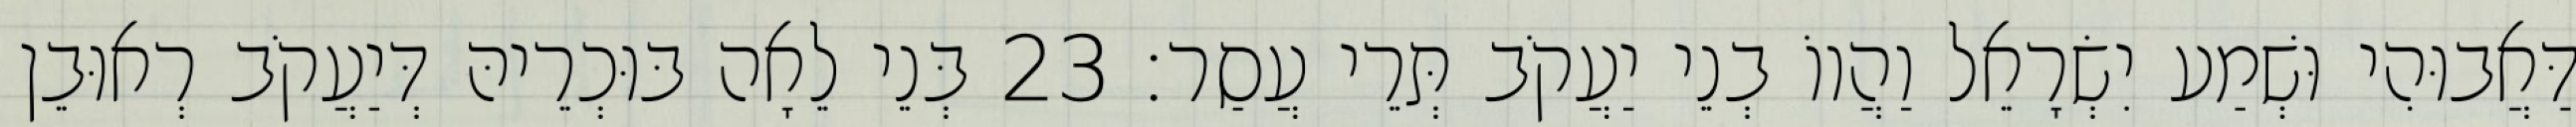
דַּאֲבוּהִי וּשְׁמַע יִשְׂרָאֵל וַהֲווֹ בְנֵי יַעֲקֹב תְּרֵי עֲסַר׃ 23 בְּנֵי לֵאָה בּוּכְרֵיהּ דְּיַעֲקֹב רְאוּבֵן